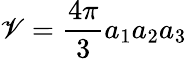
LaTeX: \mathscr{V}=\frac{{4\pi}}{{3}}a_{1}a_{2}a_{3}